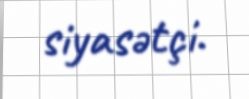
siyasətçi.